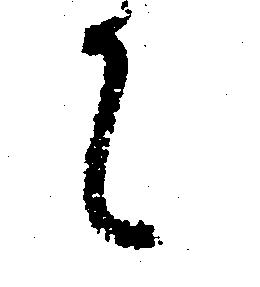
て